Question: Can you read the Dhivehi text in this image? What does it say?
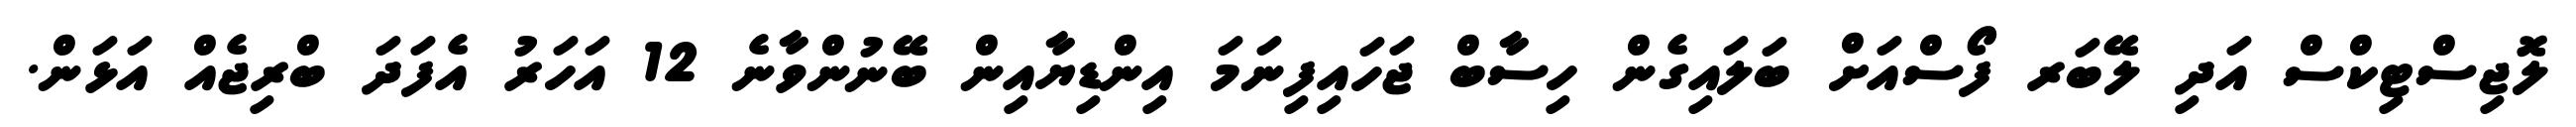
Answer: ލޮޖިސްޓިކްސް އަދި ލޭބަރ ފޯސްއަށް ބަލައިގެން ހިސާބް ޖަހައިފިނަމަ އިންޑިޔާއިން ބޭނުންވާނެ 12 އަހަރު އެފަދަ ބްރިޖެއް އަޅަން.